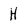
Character: h